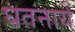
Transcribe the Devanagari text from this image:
घतनायें